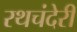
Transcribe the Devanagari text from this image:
रथचंदेरी